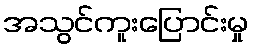
အသွင်ကူးပြောင်းမှု